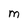
Character: M